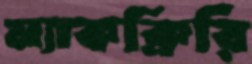
ম্যাকক্রিরি